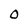
Character: 0